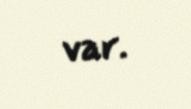
var.